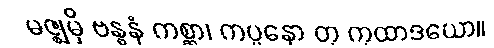
မဇ္ဈမှိ ဗန္ဓနံ ကစ္ဆာ၊ ကပ္ပနော တု ကုထာဒယော။